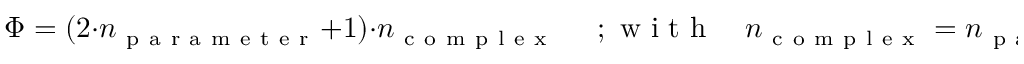
\Phi = ( 2 \cdot n _ { \mathrm { ~ p ~ a ~ r ~ a ~ m ~ e ~ t ~ e ~ r ~ } } + 1 ) \cdot n _ { \mathrm { ~ c ~ o ~ m ~ p ~ l ~ e ~ x ~ } } \quad \mathrm { ~ ; ~ w ~ i ~ t ~ h ~ } \quad n _ { \mathrm { ~ c ~ o ~ m ~ p ~ l ~ e ~ x ~ } } = n _ { \mathrm { ~ p ~ a ~ r ~ a ~ m ~ e ~ t ~ e ~ r ~ } }